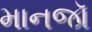
માનજૉ